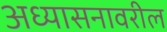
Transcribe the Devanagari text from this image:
अध्यासनावरील